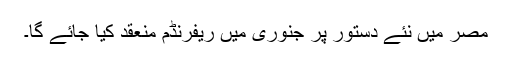
مصر میں نئے دستور پر جنوری میں ریفرنڈم منعقد کیا جائے گا۔